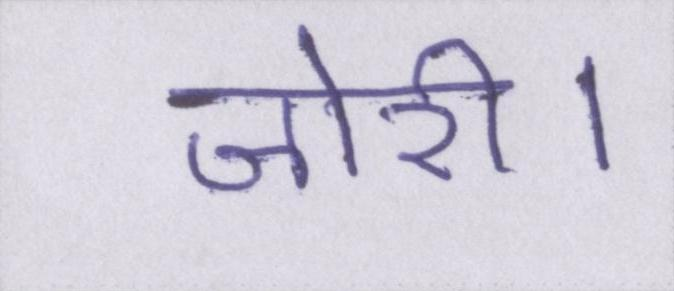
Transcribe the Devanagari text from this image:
जोरी।